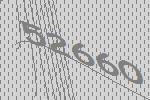
52660